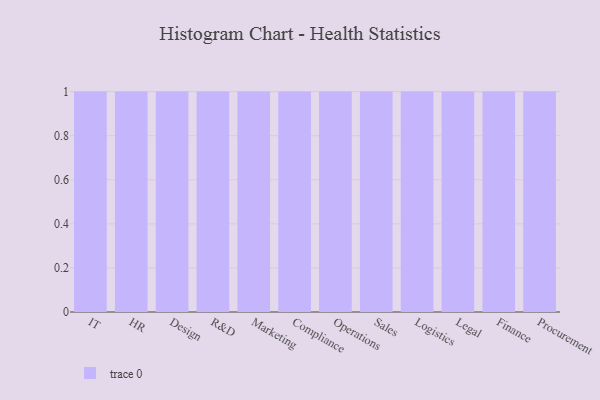
{"axis": {"x": "Department", "y": "Production Output"}, "legend": [""], "data": [{"x": "IT", "y": 51, "type": ""}, {"x": "HR", "y": 13, "type": ""}, {"x": "Design", "y": 36, "type": ""}, {"x": "R&D", "y": 90, "type": ""}, {"x": "Marketing", "y": 22, "type": ""}, {"x": "Compliance", "y": 33, "type": ""}, {"x": "Operations", "y": 37, "type": ""}, {"x": "Sales", "y": 96, "type": ""}, {"x": "Logistics", "y": 47, "type": ""}, {"x": "Legal", "y": 70, "type": ""}, {"x": "Finance", "y": 77, "type": ""}, {"x": "Procurement", "y": 52, "type": ""}]}